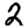
Digit: 2